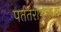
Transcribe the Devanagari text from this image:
पर्ततरांगेमध्ये